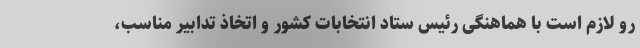
رو لازم است با هماهنگی رئیس ستاد انتخابات کشور و اتخاذ تدابیر مناسب،